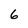
Character: 6